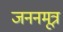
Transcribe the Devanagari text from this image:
जननमूत्र